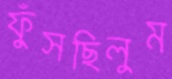
ফুঁসছিলুম